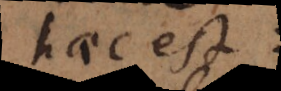
haec est: